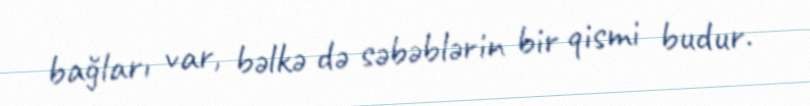
bağları var, bəlkə də səbəblərin bir qismi budur.